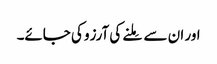
اور ان سے مِلنے کی آرزو کی جائے۔